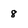
Character: 8